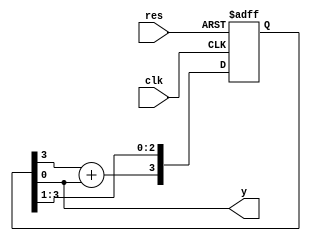
//01/31/21 15:48:01
//Authorxuhao Yang
`timescale 1ns/10ps
module  m_gen(clk,res,y);
    input clk;
    input res;
    output y;
    reg[3:0] d;
    assign y = d[0];
    always @(posedge clk or negedge res)
    if(~res) begin
    	d<=4'b1111;
    end
    else begin
    	d[2:0]<=d[3:1];//
    	d[3]<=d[3]+d[0];
    end

endmodule
module m_gen_tb;
	reg clk,res;
	wire y;
	m_gen m_gen(.clk(clk),.res(res),.y(y));
	initial begin
	clk<=0;res<=0;
	#17 res<=1;
	#600 $stop;
	end
	always #5 clk<=~clk;
    
endmodule